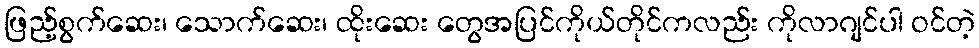
ဖြည့်စွက်ဆေး၊ သောက်ဆေး၊ ထိုးဆေး တွေအပြင်ကိုယ်တိုင်ကလည်း ကိုလာဂျင်ပါ ဝင်တဲ့